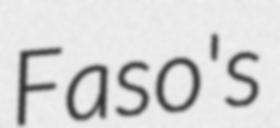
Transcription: Faso's